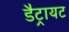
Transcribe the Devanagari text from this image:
डैट्रायट